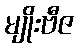
မျိုးဗီဇ